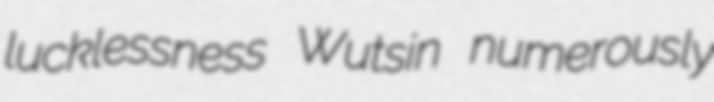
lucklessness Wutsin numerously